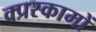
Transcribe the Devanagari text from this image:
क्प्रस्कामों